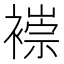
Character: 𫌌